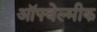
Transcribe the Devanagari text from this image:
ऑफ्थेल्मीक